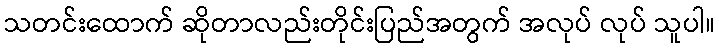
သတင်းထောက် ဆိုတာလည်းတိုင်းပြည်အတွက် အလုပ် လုပ် သူပါ။